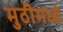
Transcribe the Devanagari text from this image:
मुठीमध्ये